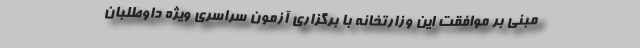
مبنی بر موافقت این وزارتخانه با برگزاری آزمون سراسری ویژه داوطلبان